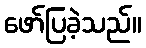
ဖော်ပြခဲ့သည်။